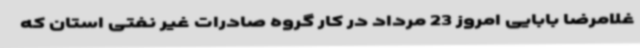
غلامرضا بابایی امروز 23 مرداد در کار گروه صادرات غیر نفتی استان که